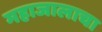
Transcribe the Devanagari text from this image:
महाजालाचा